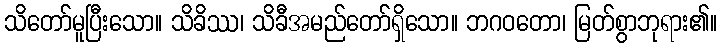
သိတော်မူပြီးသော။ သိခိဿ၊ သိခီအမည်တော်ရှိသော။ ဘဂဝတော၊ မြတ်စွာဘုရား၏။